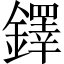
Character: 鐸